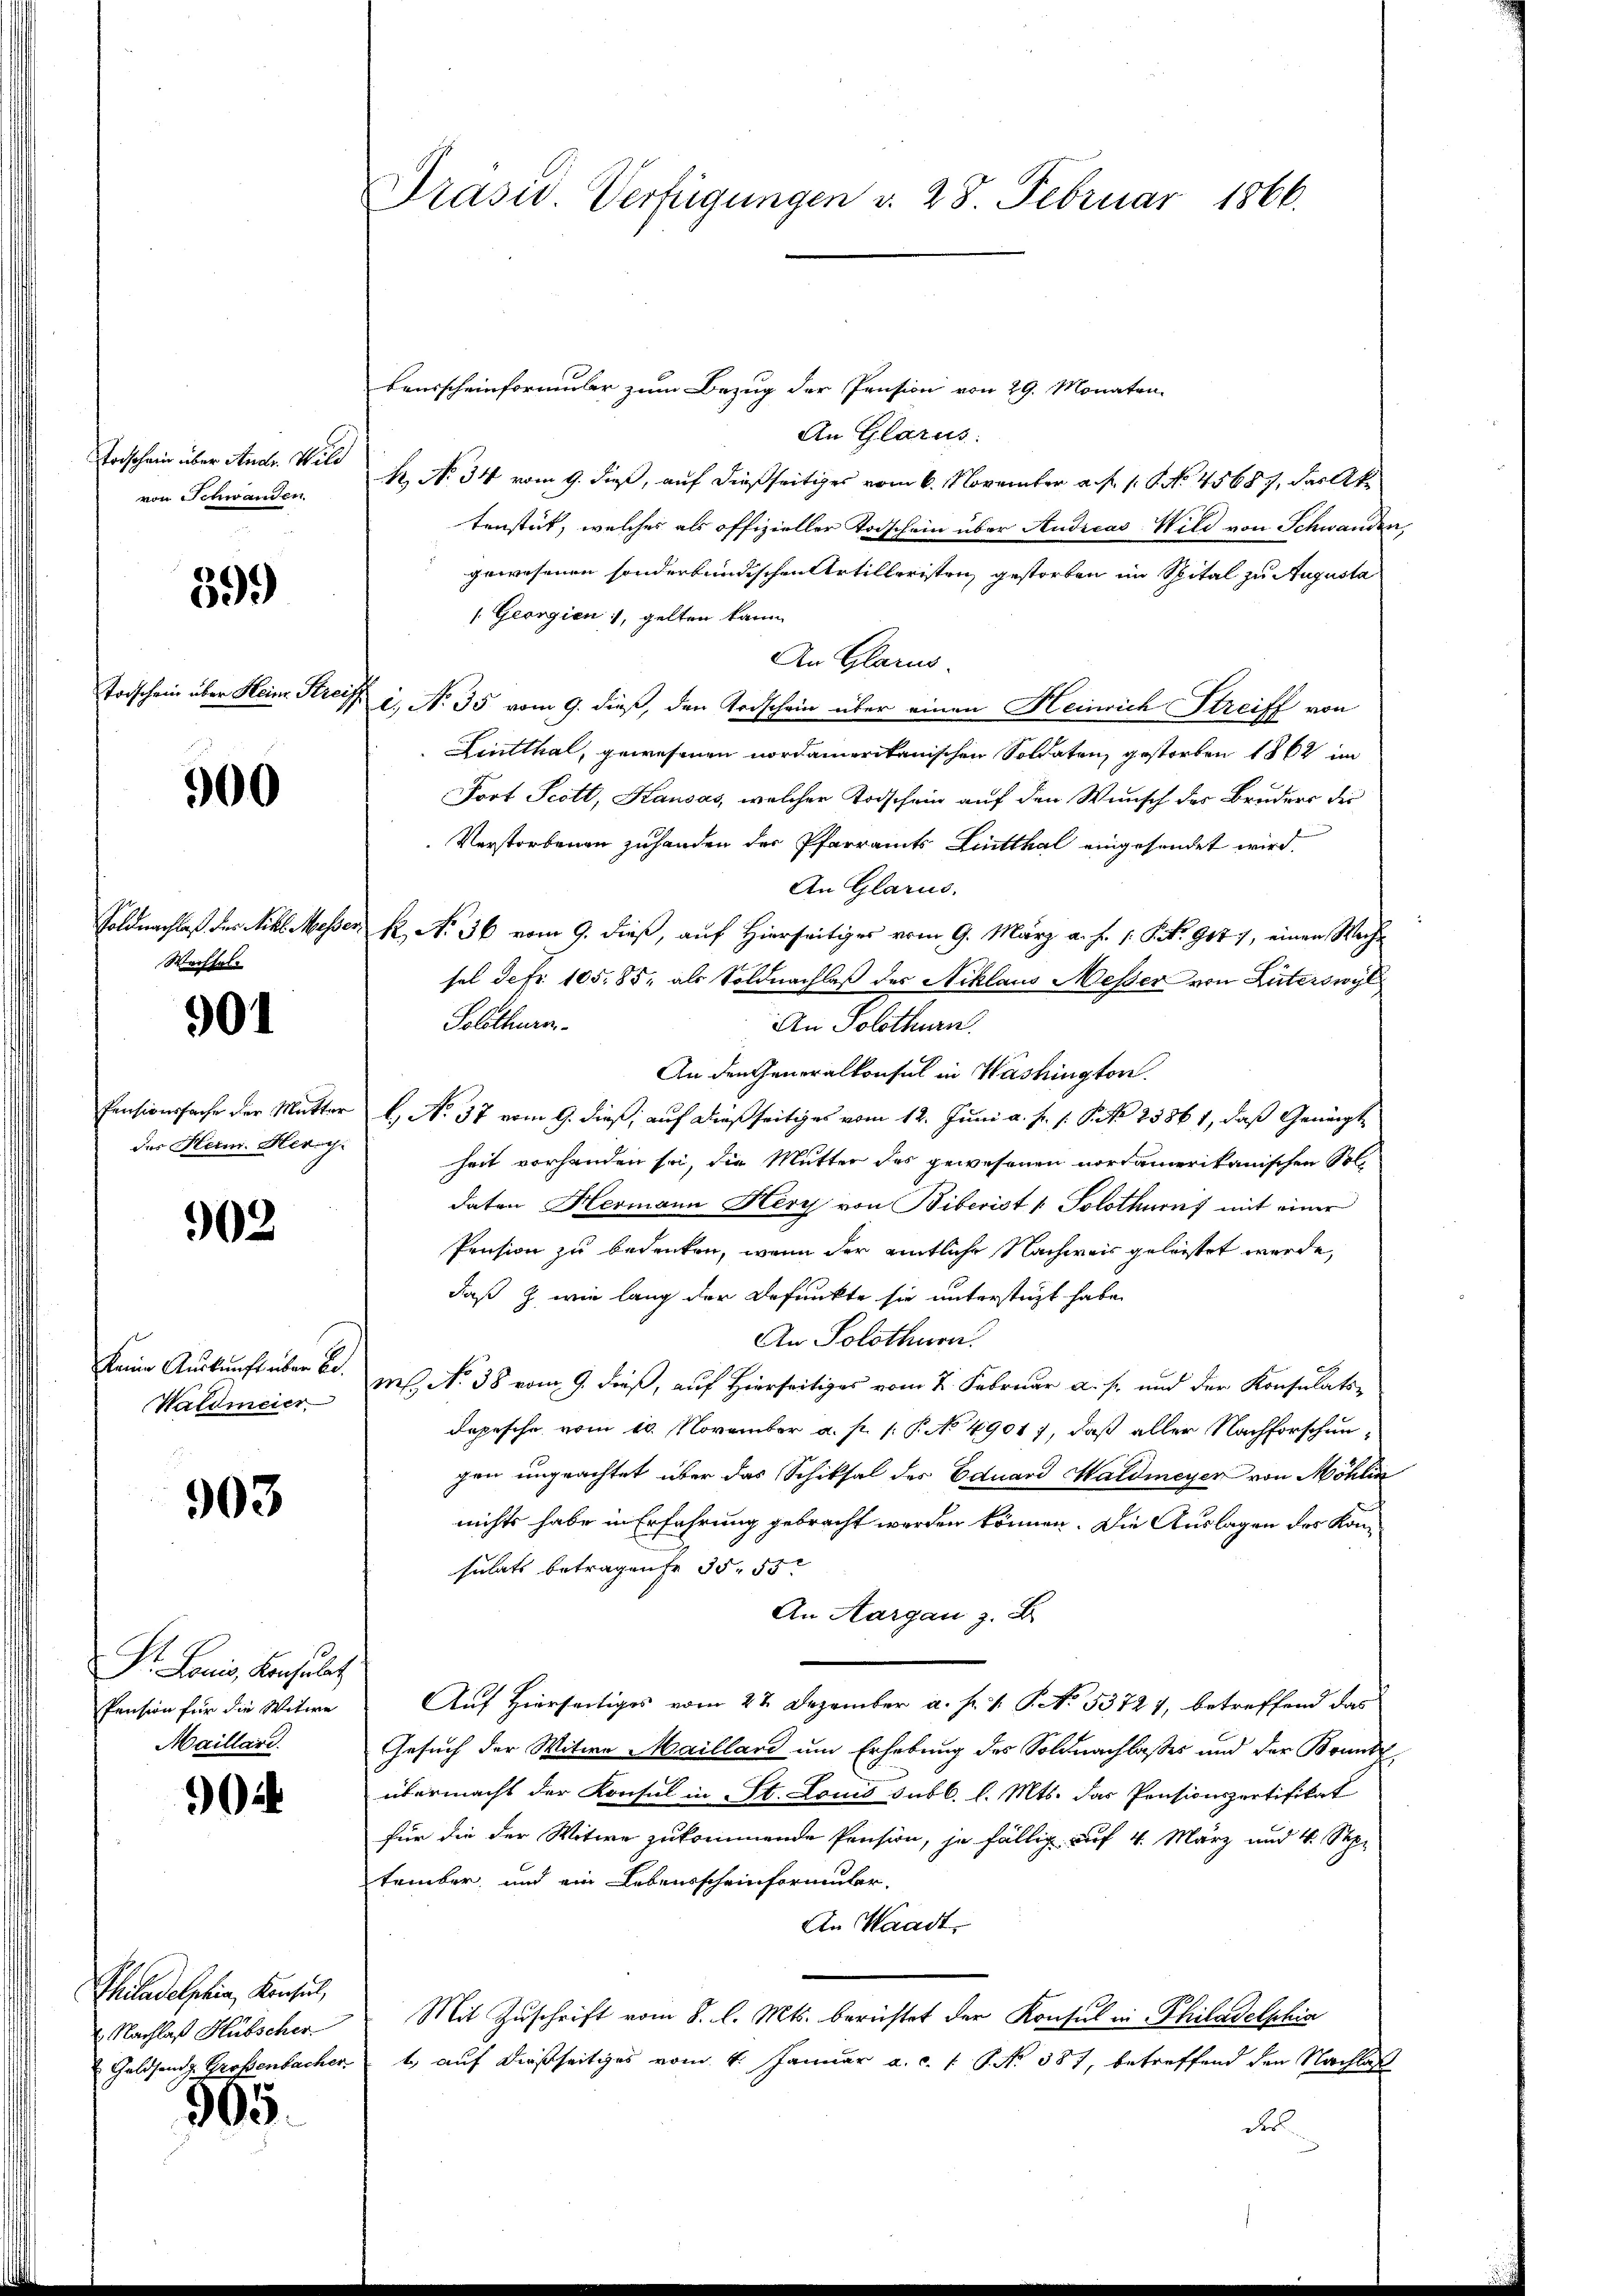
Forschein über Andr. Wild
von Schwanden

399

Todschein über Heim Strei

900

Wechsel

901

des Heim. Herrg

902.

Waldmeier

903

Dr. Louis, Konsulat
Pension für die Witwe
Maillari.

0

Philadelphin, Konsul,
 Nachlaß Hübscher

305.

Präsid. Verfügungen v. 28. Februar 1866.

beusscheinformular zum Bezug der Pension von 29. Monaten.
An Glarus.
R. N. 34 vom 9. dieß, auf dießseitiges vom 6. November a. f. 1. No. 45687, das Ak
tenstät, welches als offizieller Todschein über Audicas. Wild von Schwanden,
gewesenen sonderbundischen Artilleristen gestorben im Spital zu Augusta
/. Georgien, gelten kann
An Glarus.
. No. 35 vom 9. dieß, den Todschein über einen Heinrich Streiff von
Liutthal, gewesenen nordamerikanischen Soldaten gestorben 1862 im
Fort Scott, Kausas, welcher Todschein auf den Wunsch des Bruders der
Verstorbenen zuhanden der Pfarramts Lintthal eingesendet wird.
An Glarus.
Soldnachlaß des Nikl Messer K. No 36 vom 9. dieß, auf Hierseitiges vom 9. März a. f. 1. P. Nr. 9077, einen Wechsel de fr. 105. 85, als Soldnachlaß des Niklaus Messer von Literswyl
Solothurn.
An Solothurn.
An den Generalkonsul in Washington.
Pensionssache der Mutter l. No. 37 vom 9. dieß, auf dießseitiges vom 12. Juni a. f. s. S. 25861, daß Genügt
heit vorhanden sei, die Mutter des gewesenen nordamerikanischen Soldaten Hermann Herz von Biberist v. Solothurn mit einer
Pension zu bedenken, wenn der amtliche Nachweis geleistet werde,
daß z. wie lang der Befunkte sie unterstüzt habe.
An Solothurn.
keine Auskunft über Bd. Il No 38 vom 9. dieß, auf Hierseitiges vom 2. Februar a. s. und der Konsulatsdapesche vom 10. November a. p. 1. P. No 49017, daß aller Nachforschun-
gen ungeachtet über das Schiksal des Eduard Waldmeyer von Möhlin
nichts habe in Erfahrung gebracht werden können. Die Auslagen des Konsulats betragene 35. 55
An Aargau z. B.
Auf Hierseitiges vom 22. Dezember a. p. 1. P. No. 53727, betreffend das
Gesuch der Witwe Maillard um Erhebung des Soldnachlasses und der Bonnte
übermacht der Konsul in St. Louis sub l. l. Mts. das Pensionsportifikat
für die der Witwe zukommende Pension, je fällig auf 4. März und 4. Sep
tember, und ein Lebensscheinformuler,
An Waadt,
Mit Zŭschrift vom 8. l. Mts. berichtet der Konsul in Philadelphia
Geldsende Großenbacher auf dießseitiges vom 4. Januar a. c. s. S. No 387, betreffend den Nachlaß
d